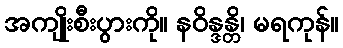
အကျိုးစီးပွားကို။ နဝိန္ဒန္တိ၊ မရကုန်။